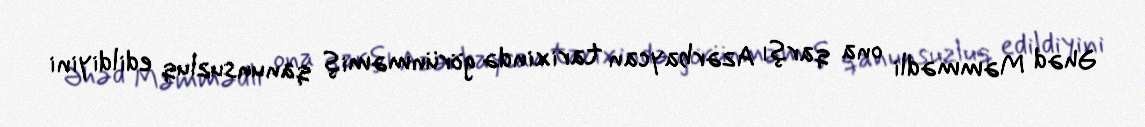
Əhəd Məmmədli ona qarşı Azərbaycan tarixində görünməmiş qanunsuzluq edildiyini